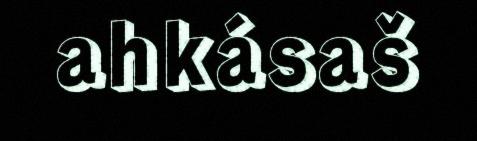
ahkásaš